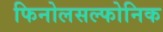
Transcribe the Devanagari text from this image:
फिनोलसल्फोनिक